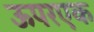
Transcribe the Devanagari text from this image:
ऊपरएक